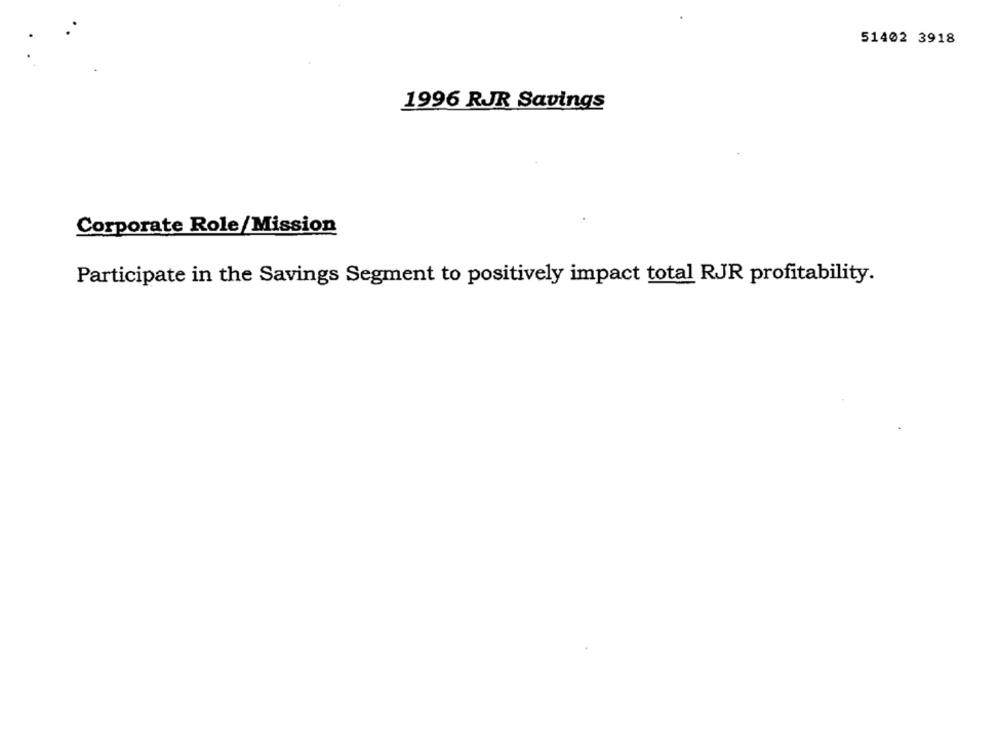
51402 3918
1996 RJR Savings
Corporate Role/Mission
Participate in the Savings Segment to positively impact total RJR profitability.